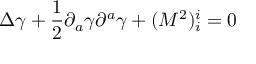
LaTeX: \Delta \gamma + { \frac { 1 } { 2 } } { \partial } _ { a } \gamma { \partial } ^ { a } \gamma + ( M ^ { 2 } ) _ { i } ^ { i } = 0